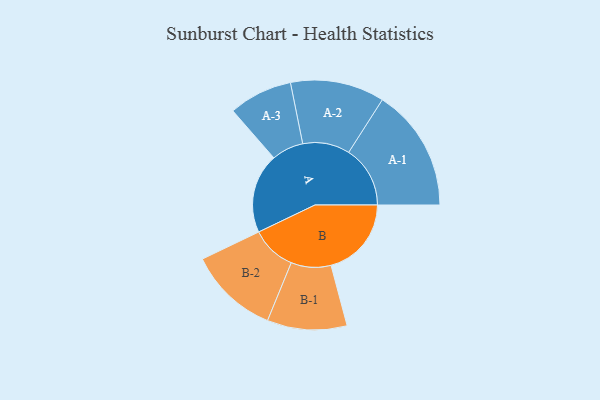
{"axis": {"x": "Segment", "y": "Value"}, "legend": ["", "A", "B"], "data": [{"x": "A", "y": 388, "type": ""}, {"x": "B", "y": 391, "type": ""}, {"x": "A-1", "y": 299, "type": "A"}, {"x": "A-2", "y": 229, "type": "A"}, {"x": "A-3", "y": 155, "type": "A"}, {"x": "B-1", "y": 194, "type": "B"}, {"x": "B-2", "y": 219, "type": "B"}]}